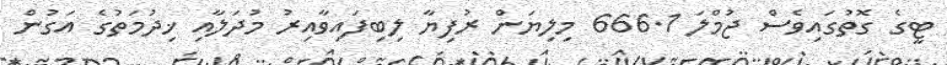
ޓީގެ ގޮތުގައިވެސް ޖުމްލަ 666.1 މިލިޔަން ރުފިޔާ ލިބިފައިވާއިރު މުދަލާއި ޚިދުމަތުގެ އަގުން